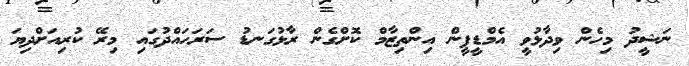
ނަޝީދު މިހެން ވިދާޅުވީ އެމްޑީޕީން އިންތިޒާމް ކޮށްގެން ރާޅުގަނޑު ސަރަހައްދުގައި މިރޭ ކުރިއަށްދިޔަ